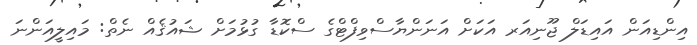
އިންޑިއަން އައިޑަލް ޖޫނިއަރ އަކަށް އަނަންޔާސްވިފްޓްގެ ސްކޮޑާ ގުޅުމަށް ޝައުޤެއް ނެތް: މައިލީއަންނަ